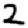
Digit: 2